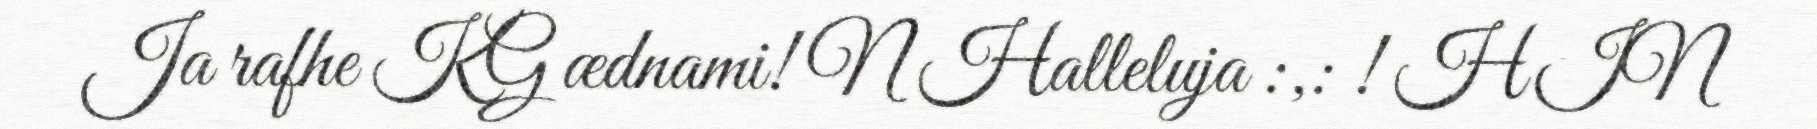
Ja rafhe KG ædnami! N Halleluja :,: ! HIN